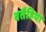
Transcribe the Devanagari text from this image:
बतैहिया